Annual report of the Punjab Veterinary College and of the Civil Veterinary Department, Punjab - 1920-1925
Year: 1920
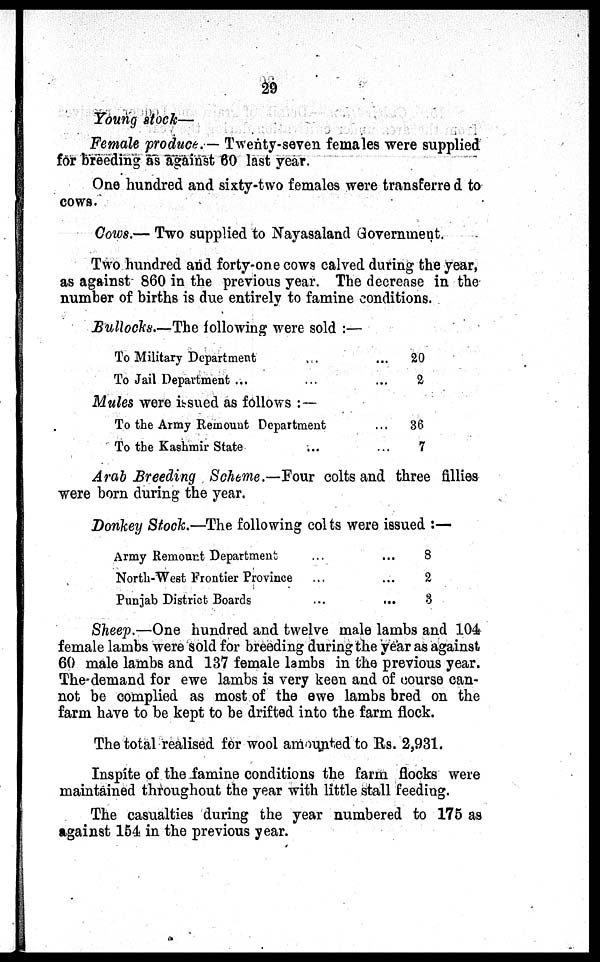
29
Young stock—
Female produce.— Twenty-seven females were supplied
for breeding as against 60 last year
One hundred and sixty-two females were transferred to
cows.
Cows.— Two supplied to Nayasaland Government.
Two hundred and forty-one cows calved during the year,
as against 860 in the previous year. The decrease in the
number of births is due entirely to famine conditions.
Bullocks.—The following were sold:—
To Military Department
. .
To Jail Department ...
... 20
... 2
Mules were issued as follows:—
To the Army Remount Department
To the Kashmir State ...
...
36
... 7
Arab Breeding Scheme.—Four colts and three fillies
were born during the year.
Donkey Stock.—The following colts were issued:—
Army Remount Department
North-West Frontier Province
Punjab District Boards
...
...
...
...
...
...
8
2
3
Sheep.—One hundred and twelve male lambs and 104
female lambs were sold for breeding during the year as against
60 male lambs and 137 female lambs in the previous year.
The demand for ewe lambs is very keen and of course can-
not be complied as most of the ewe lambs bred on the
farm have to be kept to be drifted into the farm flock.
The total realised for wool amounted to Rs. 2,931.
Inspite of the famine conditions the farm flocks were
maintained throughout the year with little stall feeding.
The casualties during the year numbered to 175 as
against 154 in the previous year.